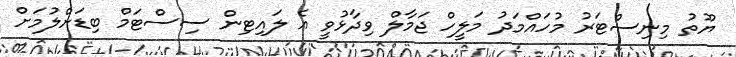
ޔޫތު މިނިސްޓަރު މުހައްމަދު މަލީހް ޖަމާލް ވިދާޅުވީ އެ ލައިޓިން ސިސްޓަމް ބިޑަށްލުމަށް